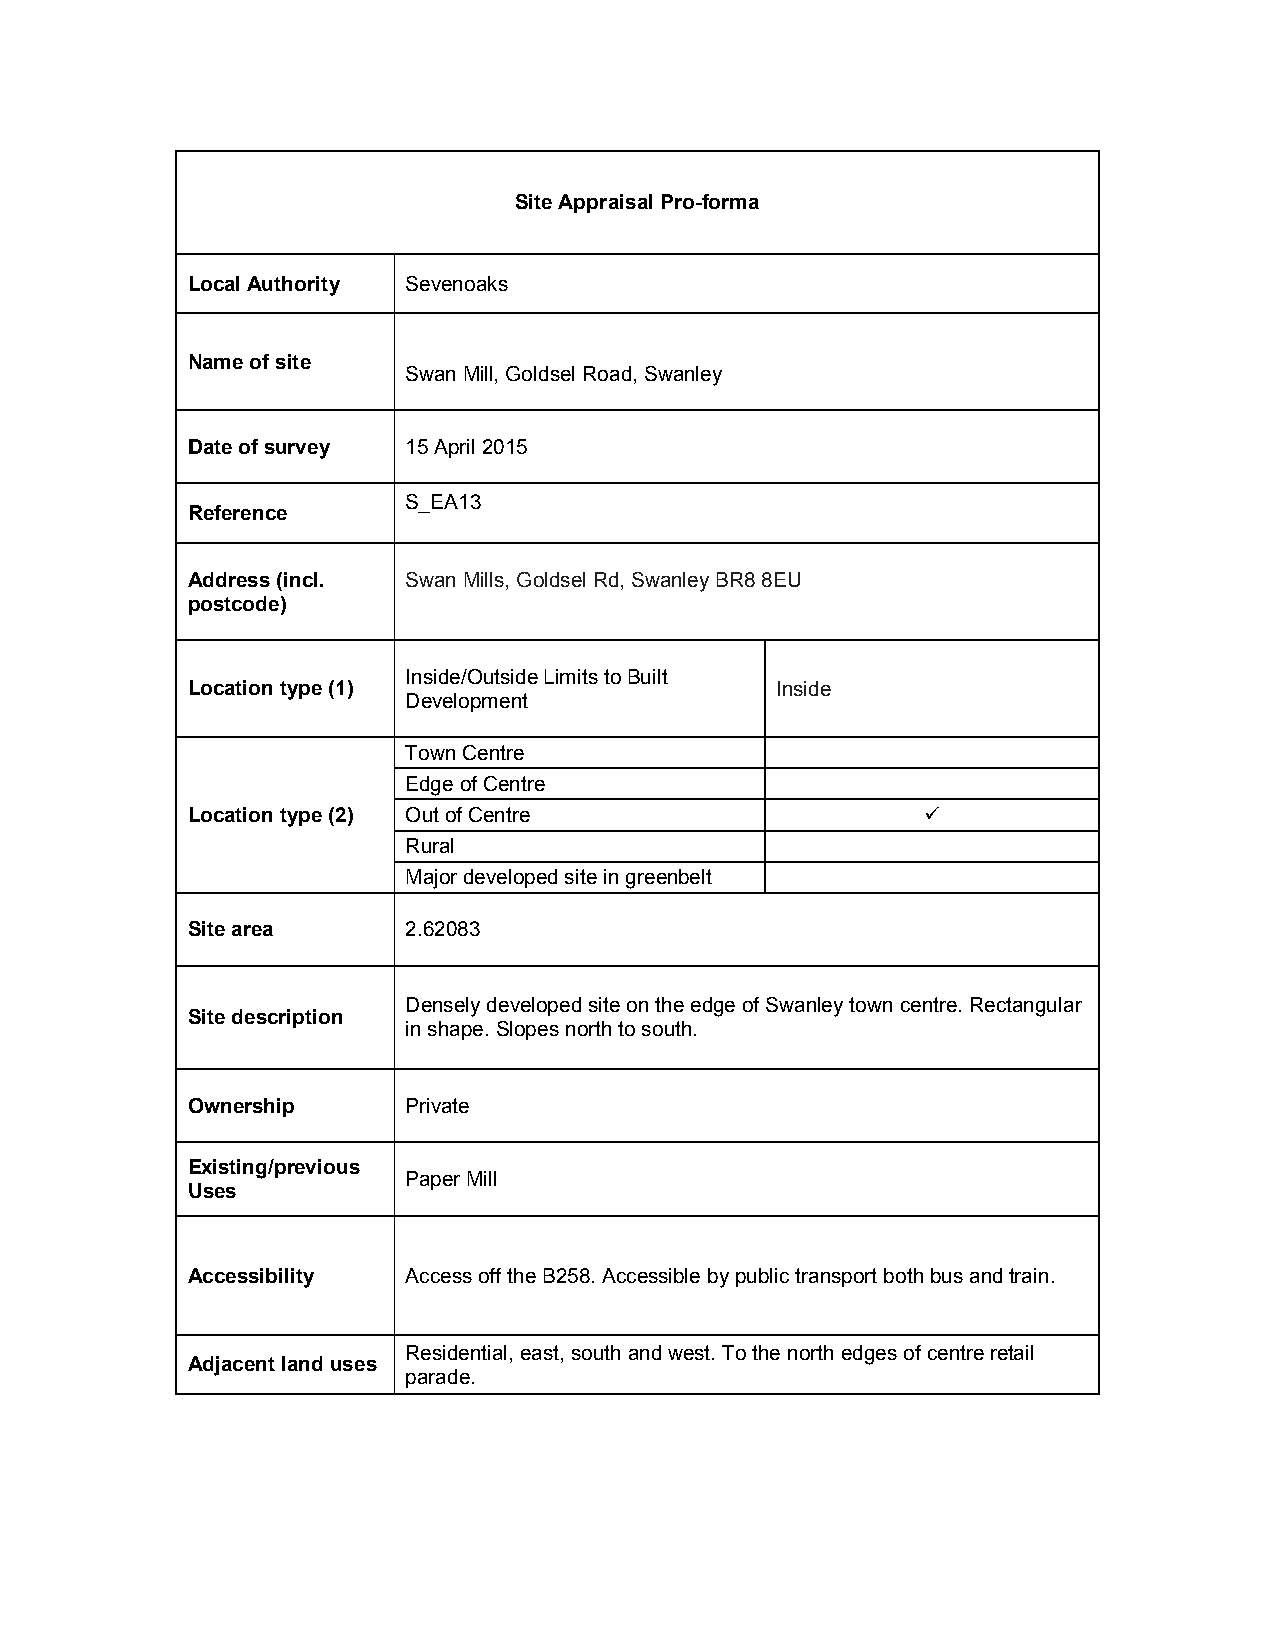
Site Appraisal Pro-forma
 Local Authority Sevenoaks
 Name of site
 Swan Mill, Goldsel Road, Swanley
 Date of survey 15 April 2015
 S_EA13
 Reference
 Address (incl. Swan Mills, Goldsel Rd, Swanley BR8 8EU
 postcode)
 Inside/Outside Limits to Built
 Location type (1)                      Inside
 Development
 Town Centre
 Edge of Centre
 Location type (2) Out of Centre                  
 Rural
 Major developed site in greenbelt
 Site area      2.62083
 Densely developed site on the edge of Swanley town centre. Rectangular
 Site description
 in shape. Slopes north to south.
 Ownership      Private
 Existing/previous
 Paper Mill
 Uses
 Accessibility  Access off the B258. Accessible by public transport both bus and train.
 Residential, east, south and west. To the north edges of centre retail
 Adjacent land uses
 parade.